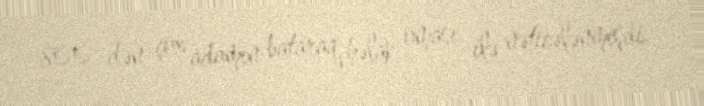
800-dən çox adamın bataraq həlak oması ilə nəticələnmişdi.